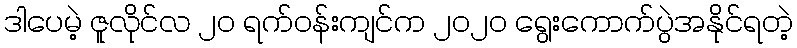
ဒါပေမဲ့ ဇူလိုင်လ ၂၀ ရက်ဝန်းကျင်က ၂၀၂၀ ရွေးကောက်ပွဲအနိုင်ရတဲ့